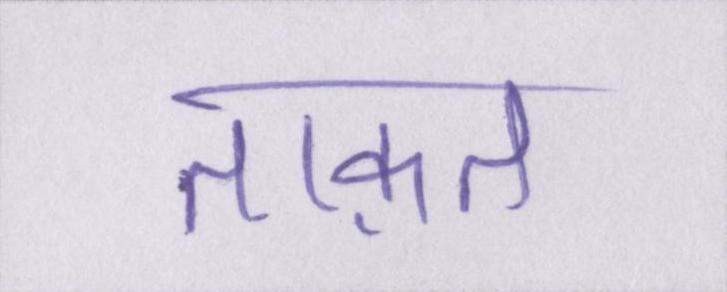
ताक़त